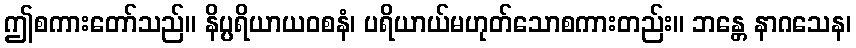
ဤစကားတော်သည်။ နိပ္ပရိယာယဝစနံ၊ ပရိယာယ်မဟုတ်သောစကားတည်း။ ဘန္တေ နာဂသေန၊